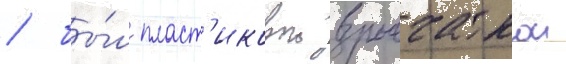
/ бы́л пласт'иковои взрывчаткои